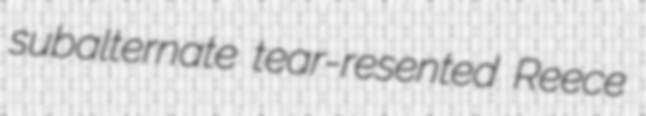
subalternate tear-resented Reece